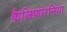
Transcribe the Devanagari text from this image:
कैलिफ़ोरनिया